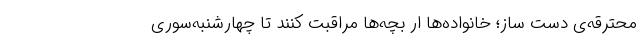
محترقه‌ی دست ساز؛ خانواده‌ها ار بچه‌ها مراقبت کنند تا چهارشنبه‌سوری